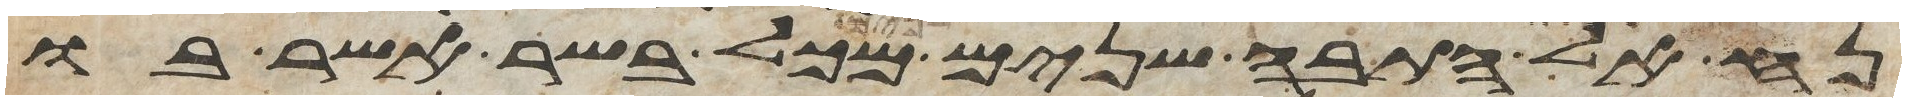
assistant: נח אל התבה שנים שנים מכל בשר אשר בו